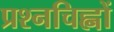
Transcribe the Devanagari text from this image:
प्रश्नचिह्नों